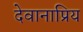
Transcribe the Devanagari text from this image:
देवानाप्रिय